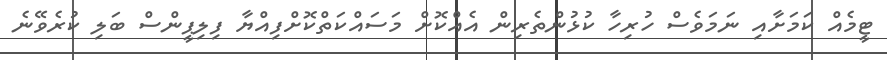
ޓީމެއް ކަމަށާއި ނަމަވެސް ހުރިހާ ކުޅުންތެރިން އެއްކޮށް މަސައްކަތްކޮށްފިއްޔާ ފިލިޕީންސް ބަލި ކުރެވޭނެ